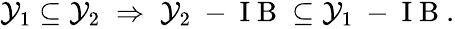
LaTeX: \begin{array}{r}{\mathcal{Y}_{1}\subseteq\mathcal{Y}_{2}\; \Rightarrow\; \mathcal{Y}_{2}\mathrm{~-~I~B~}\subseteq\mathcal{Y}_{1}\mathrm{~-~I~B~}.}\end{array}